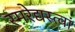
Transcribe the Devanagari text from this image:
स्मरेद्यस्त्वां